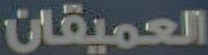
العميقان